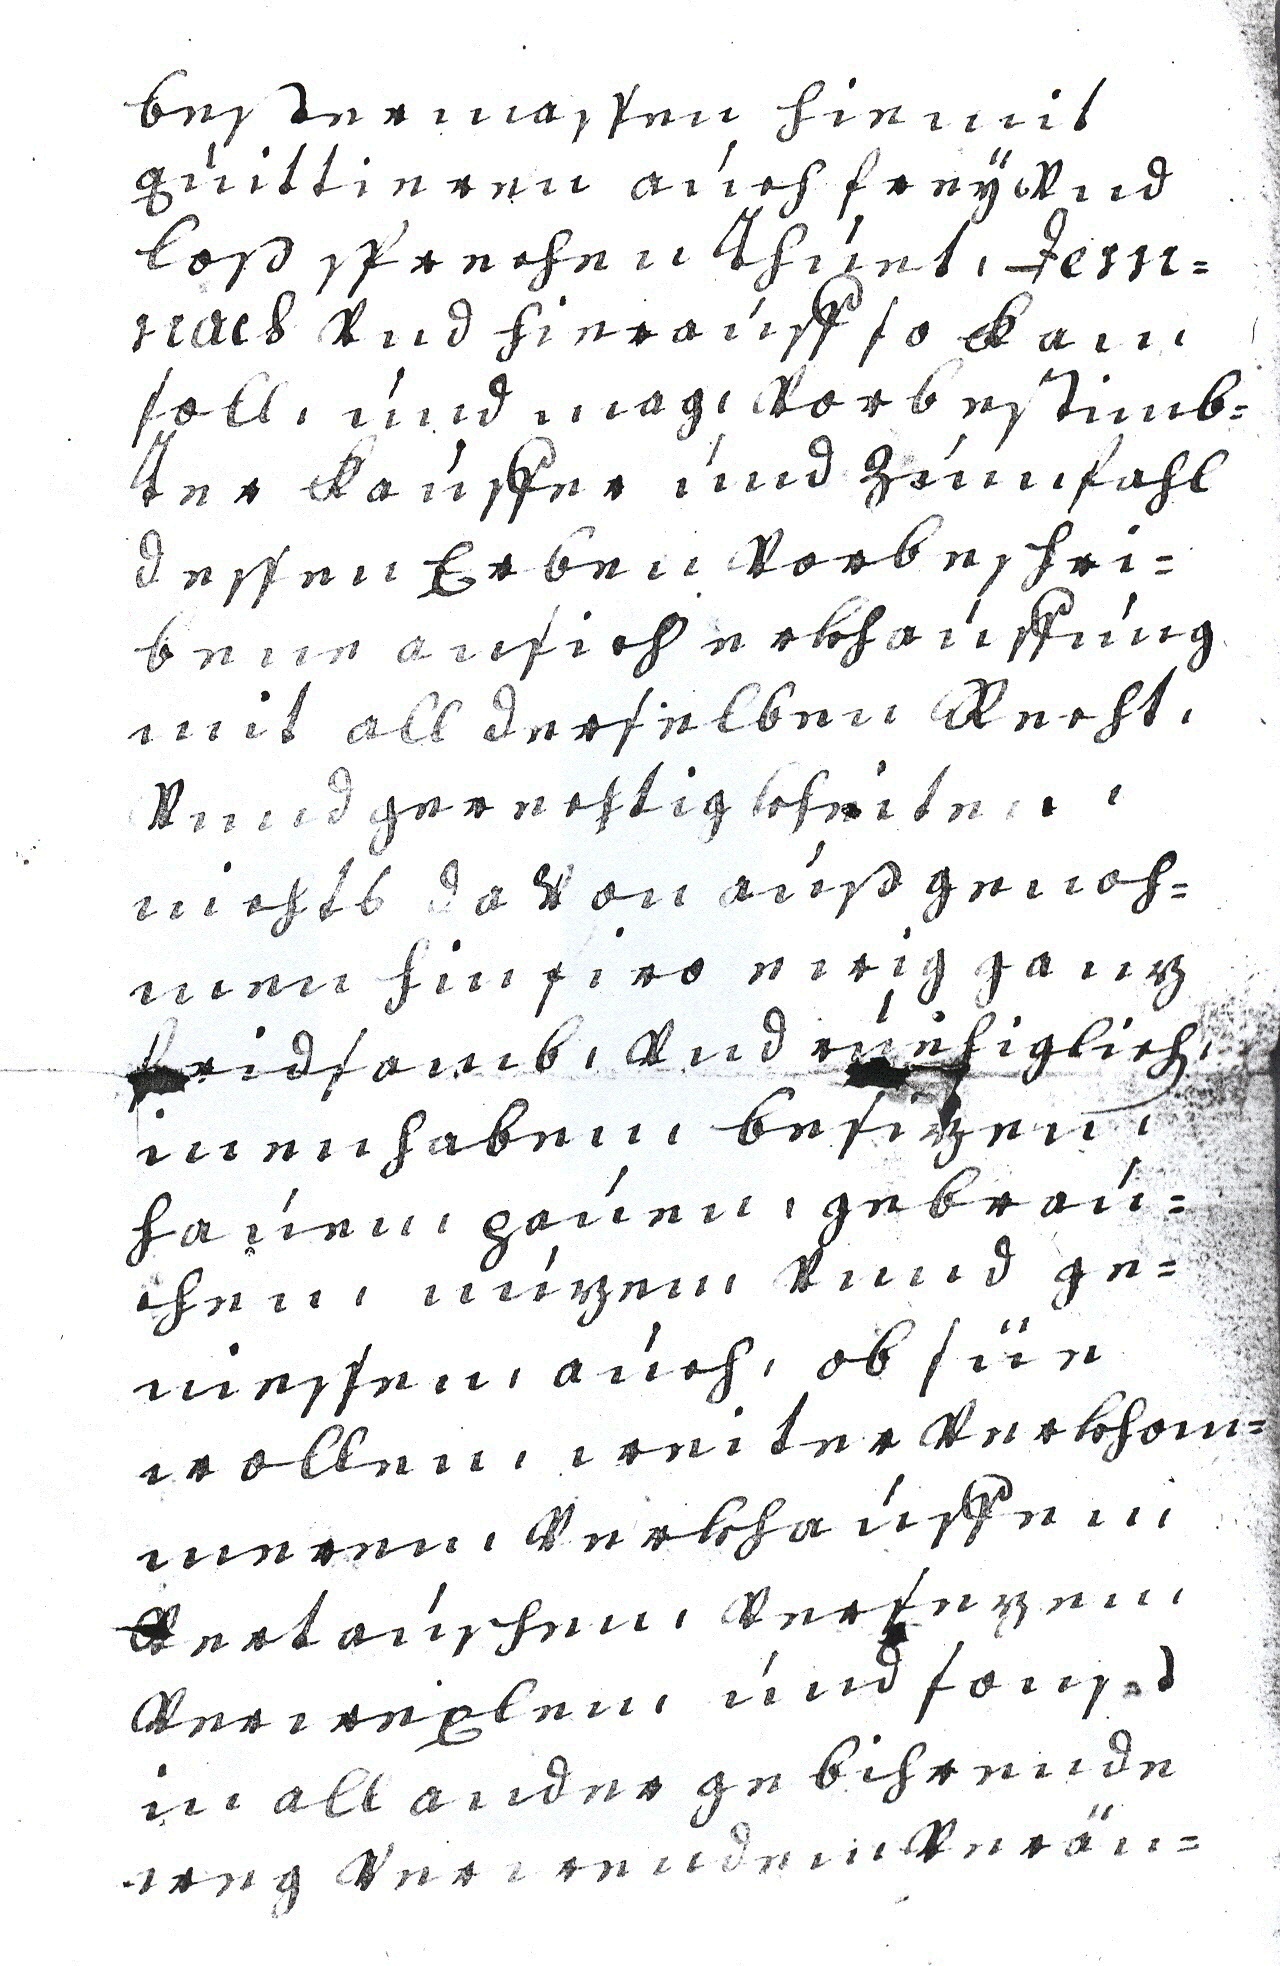
bestermassen hiemit
qúittieren aúch frey vnd
loß sprechen Thúet, dem¬
nach vnd hieraúff so kam
soll, únd mag, vorbestimb¬
ter Kaúffer únd zúm fahl
dessen Erben vorbeschri¬
bene ansich erkhaúffúng
mit all derseben Recht,
vnnd gerechtigkheiten,
nichts davon außgenoh¬
men hinfiro ewig ganz
fridsamb, vnd rúehiglich
inenhaben, besitzen,
haúen, paúen, gebraú¬
chen, núzen, vnnd ge¬
niessen, aúch, ob für
wollen, weiter verkhom¬
meren, verkhaúffen,
vertaúschen, versezen,
verwexlen, únd sonst
in all ander gebihrende
weg verwenden, veräu¬